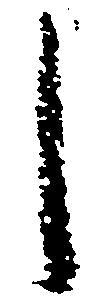
し